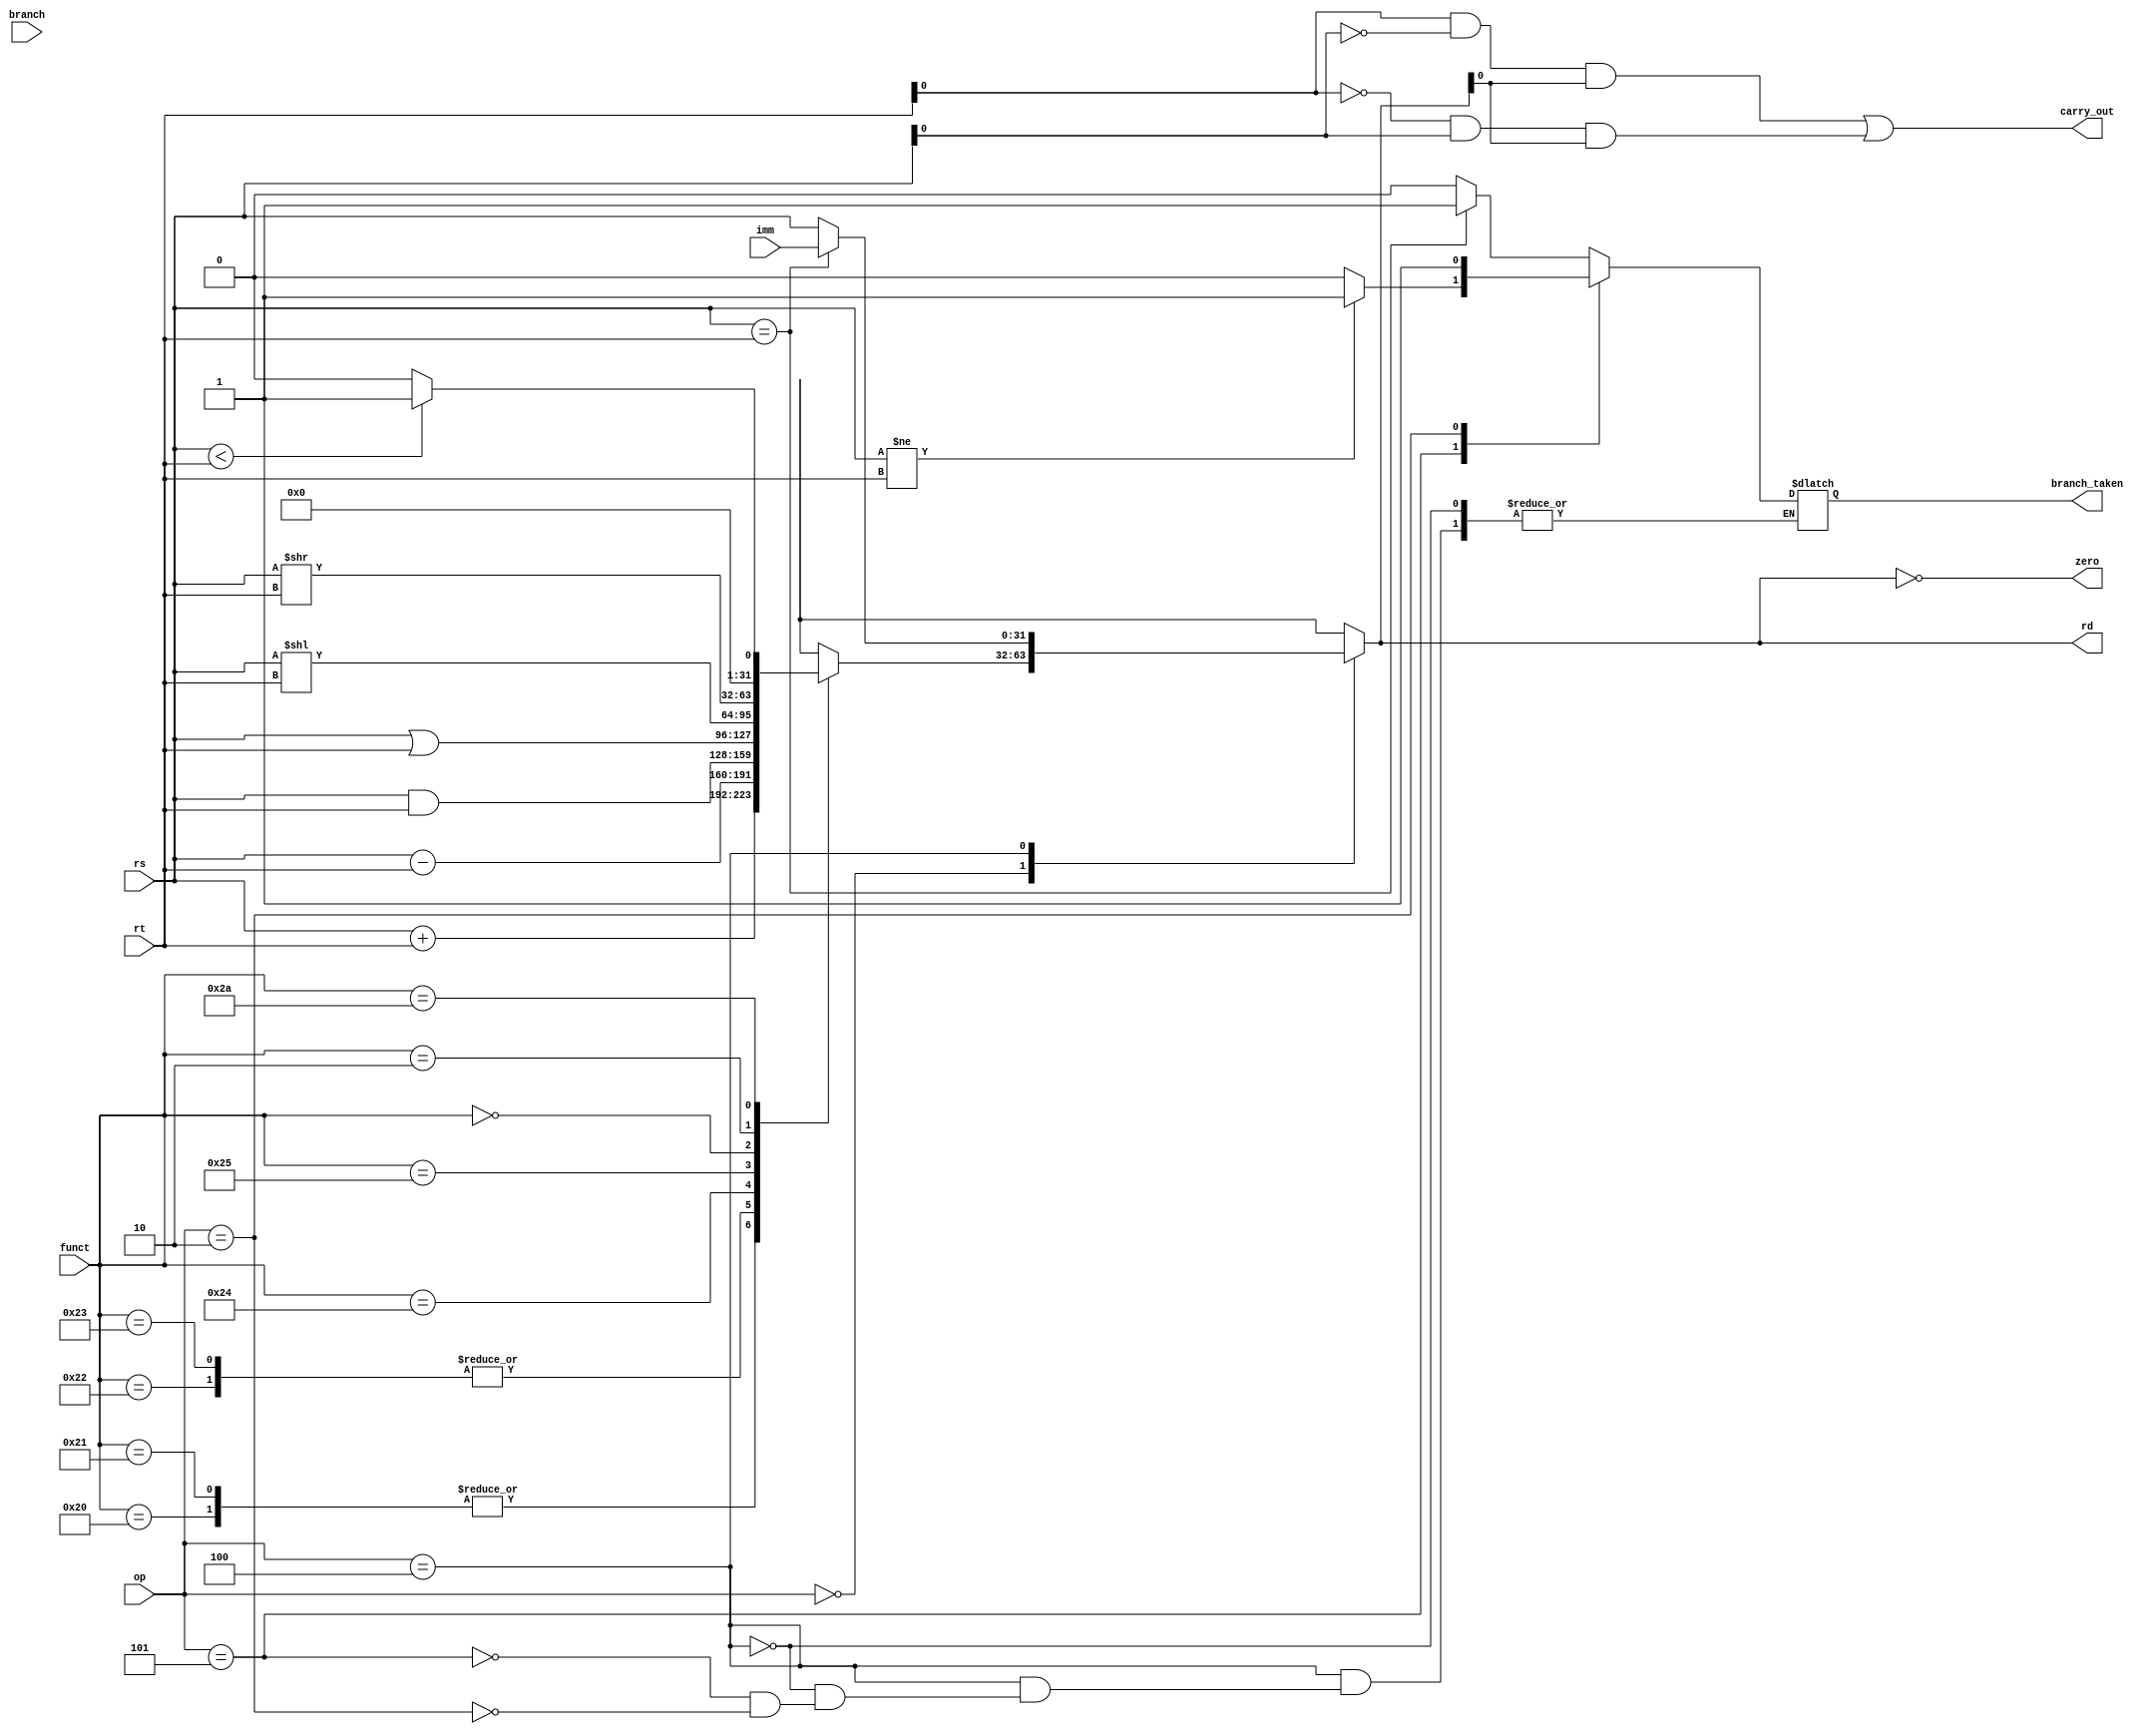
module alu(
  input [31:0] rs, // register source
  input [31:0] rt, // register target
  input [5:0] funct, // function code
  input [31:0] imm, // immediate
  input [5:0] op, // operation code
  input branch, // branch flag
  output reg [31:0] rd, // register destination
  output reg zero, // zero flag
  output reg carry_out, // carry out flag
  output reg branch_taken // branch taken flag
);

  // ALU operation based on function code or operation code
  always @(*) begin
    case (op)
      6'b000000: // R-type instructions
        case (funct)
          6'b100000: rd = rs + rt;          // add
          6'b100010: rd = rs - rt;          // sub
          6'b100001: rd = rs + rt;          // addu
          6'b100011: rd = rs - rt;          // subu
          6'b100100: rd = rs & rt;          // and
          6'b100101: rd = rs | rt;          // or
          6'b000000: rd = rs << rt;         // sll
          6'b000010: rd = rs >> rt;         // srl
          6'b101010: rd = (rs < rt) ? 1:0;  // slt
          default: rd = 32'hXXXX;           // unknown function code
        endcase
      3'b001: // I-type instructions
        case (op[1:0])
          6'b001000: rd = rs + imm;   // addi
          6'b001100: rd = rs & imm;   // andi
          6'b001101: rd = rs | imm;   // ori
          default: rd = 32'hXXXX; // unknown operation code
        endcase
      3'b100: // branching instructions
        case (op[5:0])
          6'b000100: begin                // beq
            if (rs == rt) begin
              branch_taken = 1;
              rd = imm;
            end else begin
              branch_taken = 0;
              rd = rs;
            end
          end
          6'b000101: begin                // bne
            if (rs != rt) begin
              branch_taken = 1;
              rd = imm;
            end else begin
              branch_taken = 0;
              rd = rs;
            end
          end
          6'b000010: begin                // j
            branch_taken = 1;
            rd = pc + 4;
          end
          default: rd = 32'hXXXX;     // unknown operation code
        endcase
      default: rd = 32'hXXXX;         // unknown operation code
    endcase
  end

  // zero flag
  assign zero = (rd == 0);

  // carry out flag for subtractions
  assign carry_out = (rt[0] & ~rs[0] & rd[0]) | (~rt[0] & rs[0] & rd[0]);

endmodule